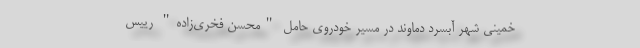
خمینی شهر آبسرد دماوند در مسیر خودروی حامل "محسن فخری‌زاده" رییس